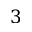
3